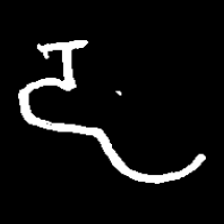
Pyu character \u2014 Myanmar letter: ဠ (romanized: lla)